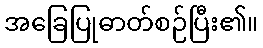
အခြေပြုဓာတ်စဉ်ပြီး၏။